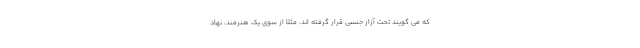
که می گویند تحت آزار جنسی قرار گرفته اند، مثلا از سوی یک هنرمند، نهاد